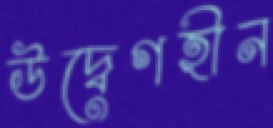
উদ্বেগহীন